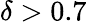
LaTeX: \delta>0.7